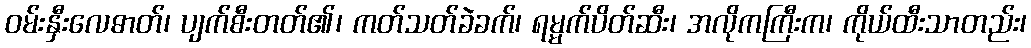
ဝမ်းနှီးလေဓာတ်၊ ပျက်စီးတတ်၏၊ ကတ်သတ်ခဲခက်၊ ရမ္မက်ပိတ်ဆီး၊ အလိုကကြီးက၊ ကိုယ်ထီးသာတည်း၊